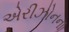
એરીઝોનના